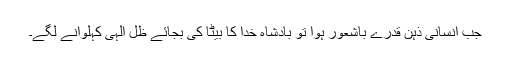
جب انسانی ذہن قدرے باشعور ہوا تو بادشاہ خدا کا بیٹا کی بجائے ظِل الٰہی کہلوانے لگے۔